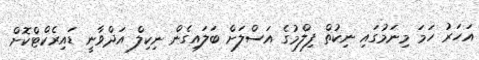
އަހަރު ހަމަ މިނަމުގައި ނިކުތް ފިލްމުގެ އަސްލަށް ބަލައިގެން ނިކިލް އަދްވާނީ ޑައިރެކްޓްކޮށް